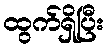
ထွက်ရှိပြီး